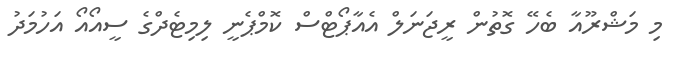
މި މަޝްރޫއާ ބެހޭ ގޮތުން ރީޖަނަލް އެއާޕޯޓްސް ކޮމްޕެނީ ލިމިޓެދްގެ ސީއޯއޯ އަހުމަދު